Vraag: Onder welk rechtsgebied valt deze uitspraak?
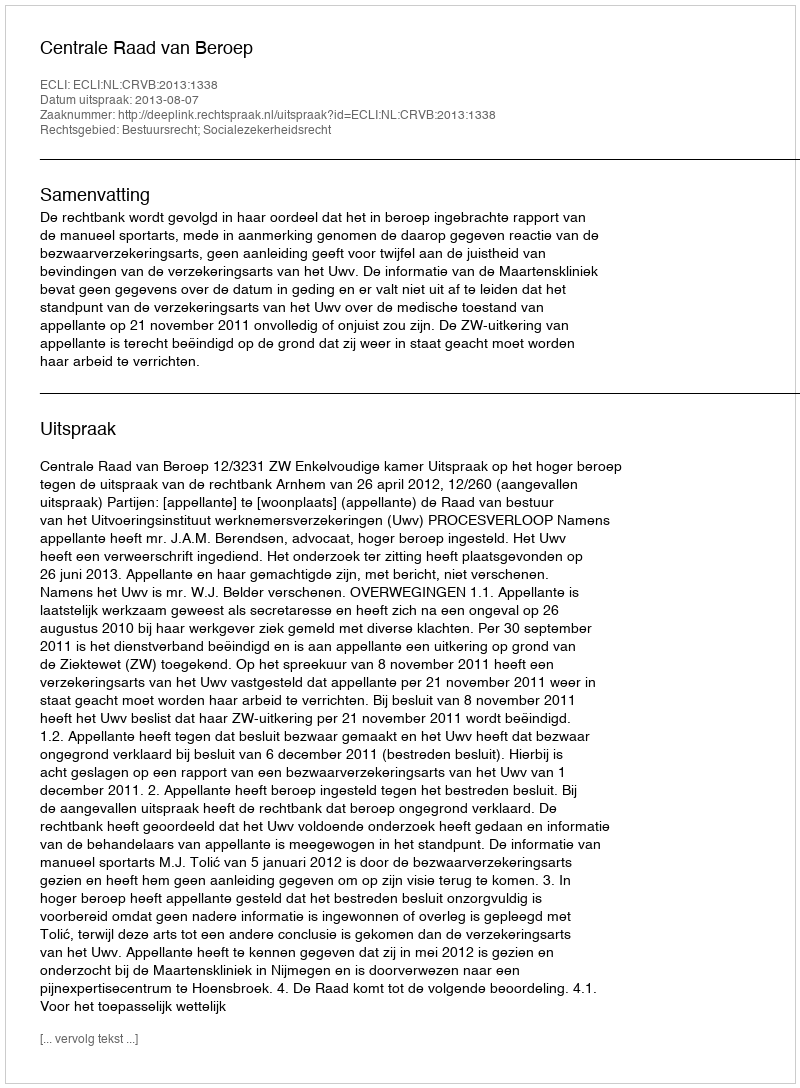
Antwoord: Bestuursrecht; Socialezekerheidsrecht